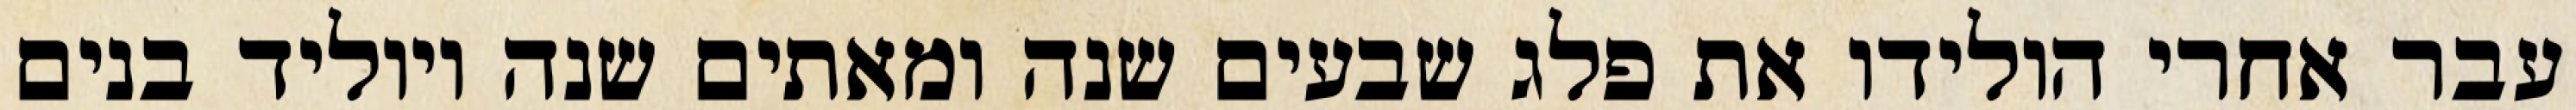
עבר אחרי הולידו את פלג שבעים שנה ומאתים שנה ויוליד בנים